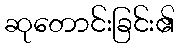
ဆုတောင်းခြင်း၏